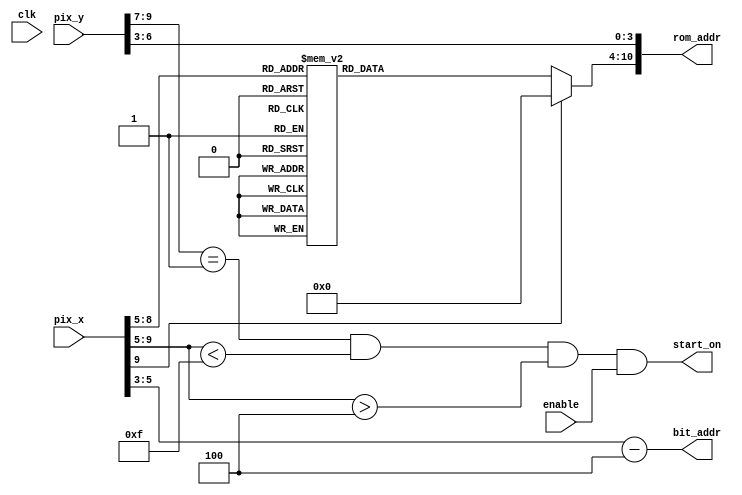
`timescale 1ns / 1ps
//////////////////////////////////////////////////////////////////////////////////
// Company: 
// 
// Design Name: 
// Module Name: start
// Project Name: 
// Target Devices: 
// Tool Versions: 
// Description: 
// 
// Dependencies: 
// 
// Revision:
// Revision 0.01 - File Created
// Additional Comments:
// 
//////////////////////////////////////////////////////////////////////////////////


module start(
input wire clk, enable,
input wire [9:0] pix_x, pix_y,
output wire start_on,
output wire [2:0] bit_addr,
output wire [10:0] rom_addr);


wire [3:0] row_addr;
reg [6:0] char_addr;

assign row_addr = pix_y [6:3];
//each char is 64 pixel in x direction, full screen can have 10 chars
//to put the text in the middle, I have 2.5 chars spcae on each side
//I need to shift the bit_addr
assign bit_addr = pix_x [5:3]-3'd4; 
assign rom_addr = {char_addr, row_addr};
assign start_on = (pix_y [9: 7] ==1) && (pix_x [9: 5] <15)
                     && (pix_x [9: 5] >4) && enable;
 
always @*
case (pix_x [9:5])
5'h5,5'h6: char_addr = 7'h53; // S
5'h7,5'h8: char_addr = 7'h74; // t
5'h9,5'ha: char_addr = 7'h61; // a
5'hb,5'hc: char_addr = 7'h72; // r
5'hd,5'he: char_addr = 7'h74; // t
default: char_addr = 7'h00; // 
endcase

endmodule